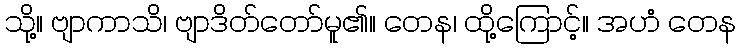
သို့။ ဗျာကာသိ၊ ဗျာဒိတ်တော်မူ၏။ တေန၊ ထို့ကြောင့်။ အဟံ တေန